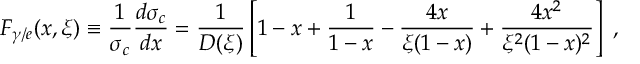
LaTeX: F _ { \gamma / e } ( x , \xi ) \equiv \frac { 1 } { \sigma _ { c } } \frac { d \sigma _ { c } } { d x } = \frac { 1 } { D ( \xi ) } \left[ 1 - x + \frac { 1 } { 1 - x } - \frac { 4 x } { \xi ( 1 - x ) } + \frac { 4 x ^ { 2 } } { \xi ^ { 2 } ( 1 - x ) ^ { 2 } } \right] \; ,